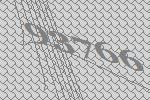
93766